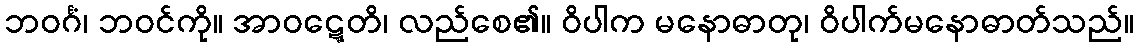
ဘဝင်္ဂံ၊ ဘဝင်ကို။ အာဝဋ္ဋေတိ၊ လည်စေ၏။ ဝိပါက မနောဓာတု၊ ဝိပါက်မနောဓာတ်သည်။